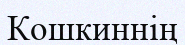
Кошкиннің